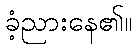
ခံ့ညားနေ၏။